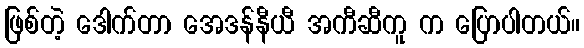
ဖြစ်တဲ့ ဒေါက်တာ အေဒန်နီယီ အကီဆီကူ က ပြောပါတယ်။